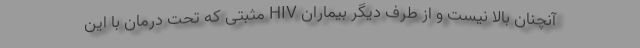
آنچنان بالا نیست و از طرف دیگر بیماران HIV مثبتی که تحت درمان با این